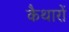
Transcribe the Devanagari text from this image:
कैथारों